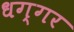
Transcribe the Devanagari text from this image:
धग्गर